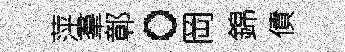
萍羣鄣。岡錦債